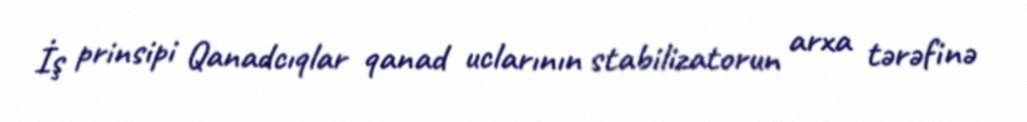
İş prinsipi Qanadcıqlar qanad uclarının stabilizatorun arxa tərəfinə